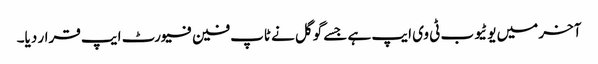
آخر میں یوٹیوب ٹی وی ایپ ہے جسے گوگل نے ٹاپ فین فیورٹ ایپ قرار دیا۔